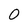
Character: 0